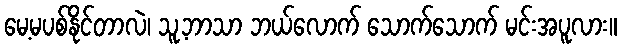
မေ့မပစ်နိုင်တာလဲ၊ သူ့ဘာသာ ဘယ်လောက် သောက်သောက် မင်းအပူလား။